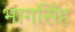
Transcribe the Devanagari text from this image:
भागसिंह